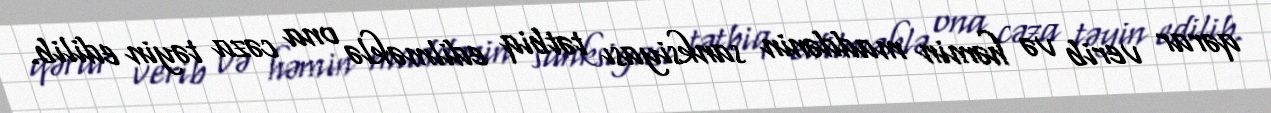
qərar verib və həmin maddənin sanksiyası tətbiq edilməklə ona cəza təyin edilib.